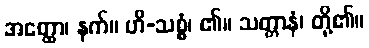
အတ္ထော၊ နက်။ ဟိ-သစ္စံ၊ ၏။ သတ္တာနံ၊ တို့၏။